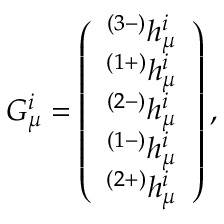
G _ { \mu } ^ { i } = \left( \begin{array} { c } { { ^ { ( 3 - ) } h _ { \mu } ^ { i } } } \\ { { ^ { ( 1 + ) } h _ { \mu } ^ { i } } } \\ { { ^ { ( 2 - ) } h _ { \mu } ^ { i } } } \\ { { ^ { ( 1 - ) } h _ { \mu } ^ { i } } } \\ { { ^ { ( 2 + ) } h _ { \mu } ^ { i } } } \end{array} \right) ,